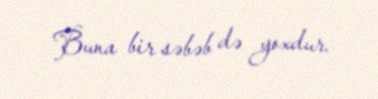
Buna bir səbəb də yoxdur.